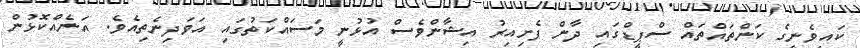
ކައިވެނީގެ ކަންތައްތައް ސްޕީޑްގައި ދާން ފެށިއިރު އިޝާންވެސް އުޅުނީ މަސައްކަތުގައި އަވަދިނެތިއެވެ. އަނެއްކޮޅުން